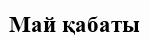
Май қабаты